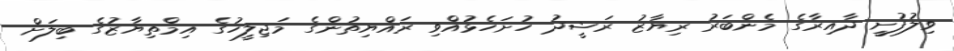
ވިލުފުށީ ދާއިރާގެ މެންބަރު ރިޔާޒު ރަޝީދު ހުށަހެޅުއްވި ރައްޔިތުންގެ މަޖިލީހުގެ އިމްތިޔާޒުގެ ބިލަށް